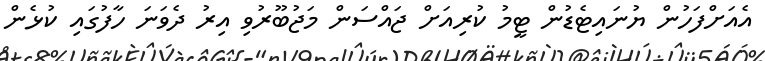
އެއަށްފަހުން ޔުނައިޓެޑުން ޓީމު ކުރިއަށް ޖައްސަން މަޖުބޫރުވި އިރު ދެވަނަ ހާފުގައި ކުޅެން